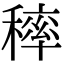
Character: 𥡢